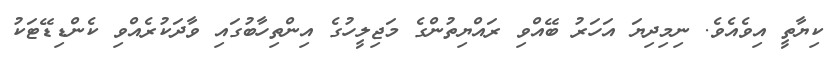
ކިޔާތީ އިވެއެވެ. ނިމިދިޔަ އަހަރު ބޭއްވި ރައްޔިތުންގެ މަޖިލީހުގެ އިންތިހާބުގައި ވާދަކުރެއްވި ކެންޑިޑޭޓަކު